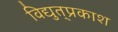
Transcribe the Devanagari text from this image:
विद्युत्‌प्रकाश